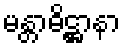
မန္တာဓိဋ္ဌာနာ